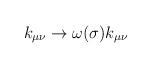
LaTeX: \begin{align*}k_{\mu\nu} \to \omega (\sigma) k_{\mu\nu} \end{align*}